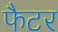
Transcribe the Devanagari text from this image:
फैटर